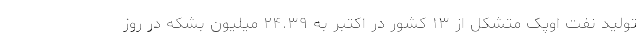
تولید نفت اوپک متشکل از ۱۳ کشور در اکتبر به ۲۴.۳۹ میلیون بشکه در روز